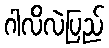
ဂါလိလဲပြည်